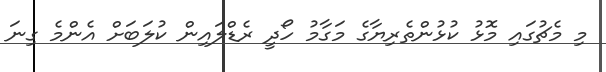
މި މެޗުގައި މޮޅު ކުޅުންތެރިޔާގެ މަގާމު ހޯދީ ރެޑްލައިން ކުލަބަށް އެންމެ ގިނަ